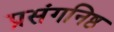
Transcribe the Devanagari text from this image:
प्रसंगनिष्ठ